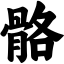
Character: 骼